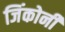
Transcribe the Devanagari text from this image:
जिंकोनी